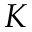
K